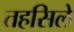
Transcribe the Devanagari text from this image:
तहसिले